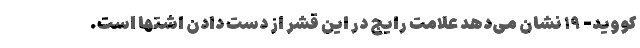
کووید- ۱۹ نشان می‌دهد علامت رایج در این قشر از دست دادن اشتها است.